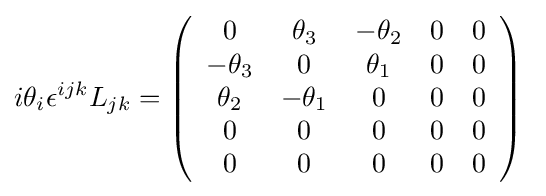
i\theta _{i}\epsilon ^{ijk}L_{jk}=\left({\begin{array}{ccccc}0&\theta _{3}&-\theta _{2}&0&0\\-\theta _{3}&0&\theta _{1}&0&0\\\theta _{2}&-\theta _{1}&0&0&0\\0&0&0&0&0\\0&0&0&0&0\\\end{array}}\right)~